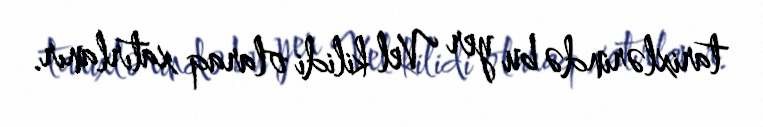
tarixlərində bu yer Vel kilidi olaraq xatırlanır.